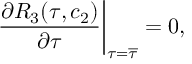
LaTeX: \frac { \partial R _ { 3 } ( \tau , c _ { 2 } ) } { \partial \tau } \biggr | _ { \tau = \overline { { { \tau } } } } = 0 ,